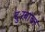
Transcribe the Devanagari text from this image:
दुःखांचा